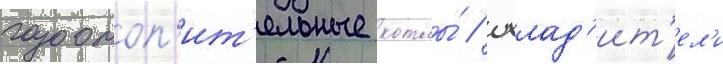
газоотоп'ит'ельные котлы́ / охлад'ит'ел'и